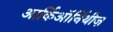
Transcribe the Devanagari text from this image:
आर्किऑर्निथीज़